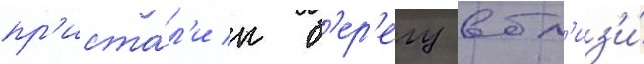
пр'иста́л'и к б'ер'егу вбл'из'и́